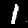
Digit: 1